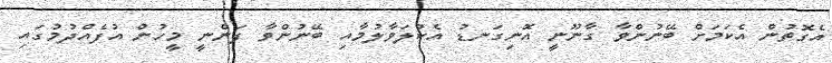
އެގޮތުން އެކަމަށް ބޭނުންވާ ގާނޫނީ އޮނިގަނޑު އެކުލަވާލުމާއި ބޭނުންވާ ފަންނީ މީހުން އުފެއްދުމުގައި